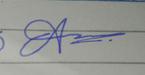
Signature authenticity: forged